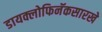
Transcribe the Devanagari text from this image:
डायक्लोफिनॅकसारखे